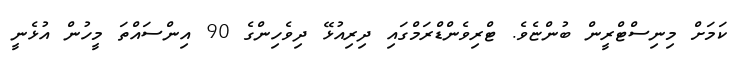
ކަމަށް މިނިސްޓްރީން ބުންޏެވެ. ޓްރިވެންޑްރަމްގައި ދިރިއުޅޭ ދިވެހިންގެ 90 އިންސައްތަ މީހުން އުޅެނީ